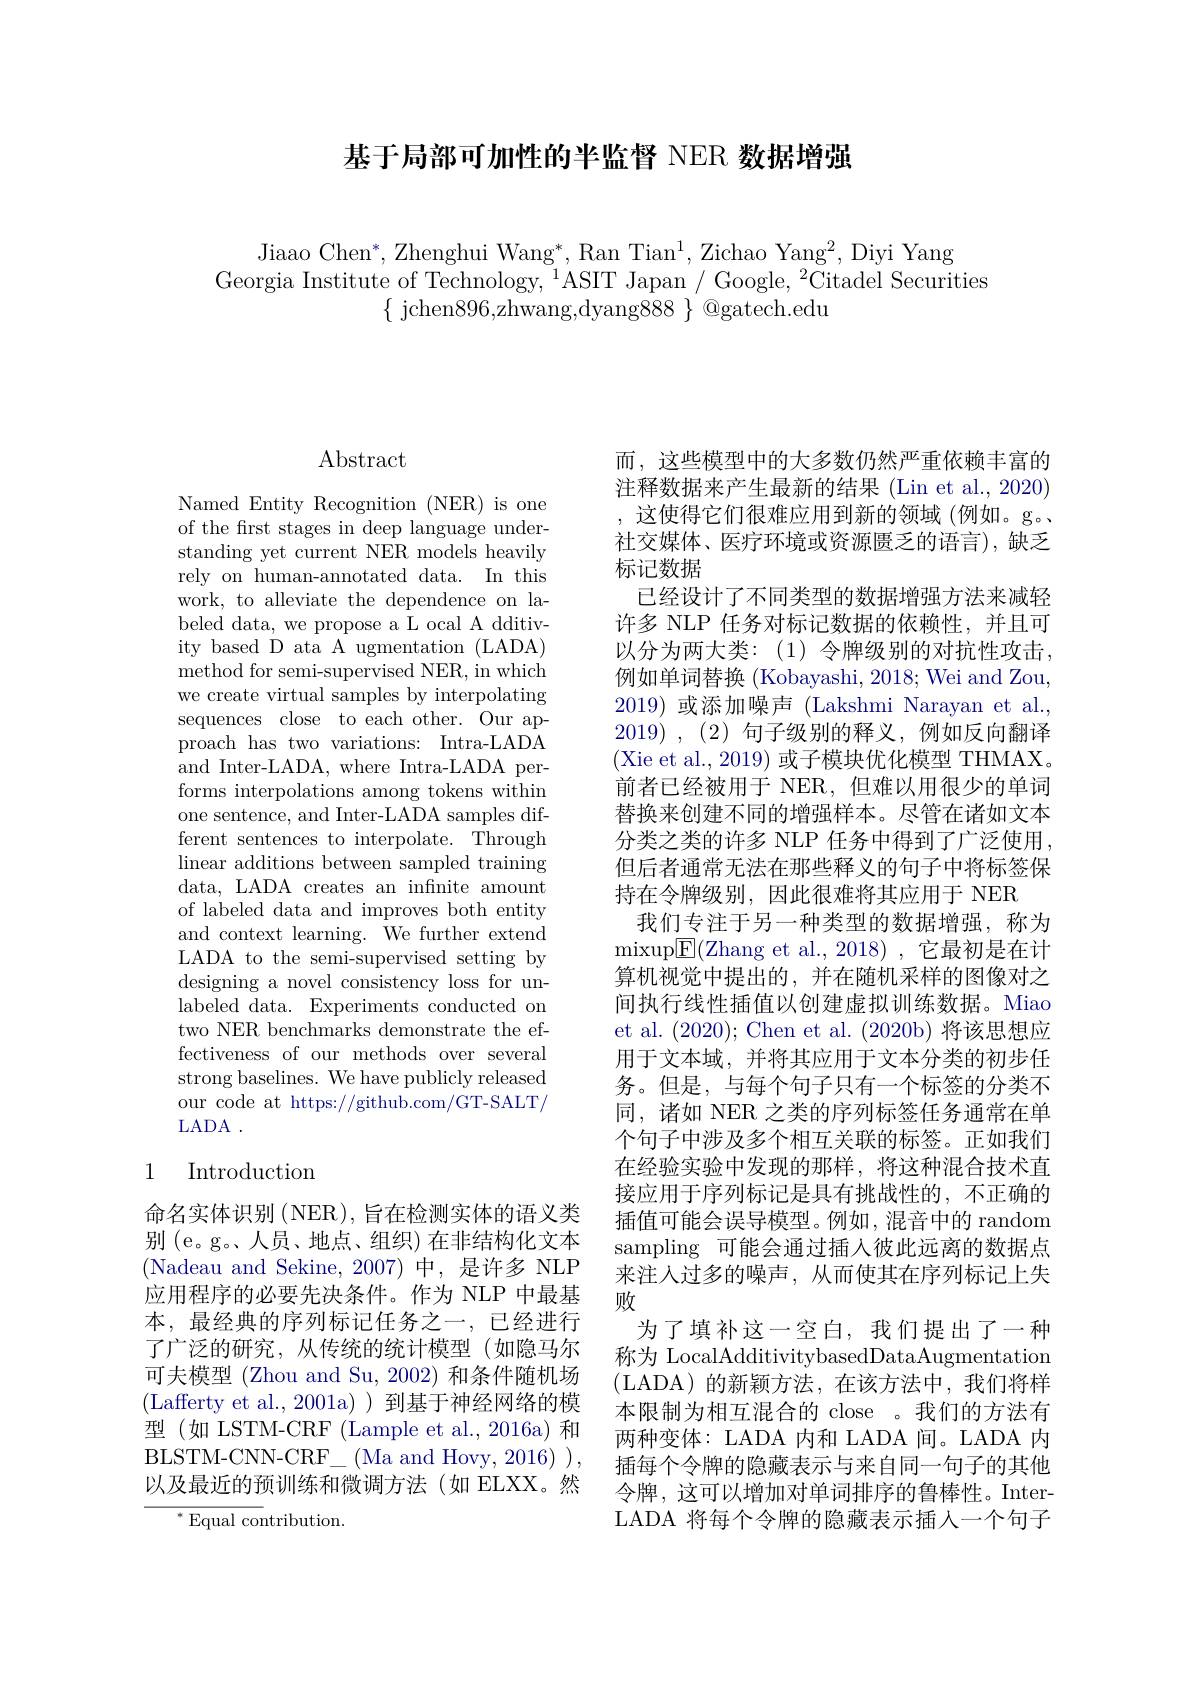
基于局部可加性的半监督 NER 数据增强

Jiaao Chen$^*$,Zhenghui Wang$^*$,Ran Tian$^1$,Zichao Yang$^2$,Diyi Yang
Georgia Institute of Technology, $^1$ASIT Japan / Google, $^2$Citadel Securities
$\{$ jchen896,zhwang,dyang$888\}$ @gatech.edu

## $\operatorname{Abstract}$

Named Entity Recognition (NER) is one of the first stages in deep language understanding yet current NER models heavily rely on human-annotated data. In this work, to alleviate the dependence on labeled data, we propose a L ocal A dditivity based D ata A ugmentation (LADA) method for semi-supervised NER, in which we create virtual samples by interpolating sequences close to each other. Our approach has two variations: Intra-LADA and Inter-LADA, where Intra-LADA performs interpolations among tokens within one sentence, and Inter-LADA samples different sentences to interpolate. Through linear additions between sampled training data, LADA creates an infinite amount of labeled data and improves both entity and context learning. We further extend LADA to the semi-supervised setting by designing a novel consistency loss for unlabeled data. Experiments conducted on two NER benchmarks demonstrate the effectiveness of our methods over several strong baselines. We have publicly released our code at https://github.com/GT-SALT/ LADA .

## 1 Introduction

命名实体识别(NER), 旨在检测实体的语义类别(e。g。人员、地点、组织)在非结构化文本(Nadeau and Sekine,2007)中，是许多 NLP 应用程序的必要先决条件。作为 NLP 中最基本，最经典的序列标记任务之一，已经进行了广泛的研究，从传统的统计模型(如隐马尔可夫模型 (Zhou and Su, 2002) 和条件随机场(Lafferty et al.,2001a))到基于神经网络的模${\text{型(如 LSTM-CRF(Lample et al.,2016a)和}}$ $\mathrm{BLSTM-CNN-CRF}_{-}$(Ma and Hovy, 2016) ), 以及最近的预训练和微调方法(如 ELXX。然

$^{*}$Equal contribution.

而，这些模型中的大多数仍然严重依赖丰富的注释数据来产生最新的结果 (Lin et al., 2020) ,这使得它们很难应用到新的领域(例如。g。社交媒体、医疗环境或资源匮乏的语言),缺乏标记数据
已经设计了不同类型的数据增强方法来减轻许多 NLP 任务对标记数据的依赖性，并且可以分为两大类：(1)令牌级别的对抗性攻击， 例如单词替换 (Kobayashi, 2018; Wei and Zou, 2019)或添加噪声(Lakshmi Narayan et al. 2019) , (2) 句子级别的释义，例如反向翻译(Xie et al., 2019) 或子模块优化模型 THMAX。前者已经被用于 NER, 但难以用很少的单词替换来创建不同的增强样本。尽管在诸如文本分类之类的许多 NLP 任务中得到了广泛使用， 但后者通常无法在那些释义的句子中将标签保持在令牌级别，因此很难将其应用于 NER
我们专注于另一种类型的数据增强，称为$\operatorname* { mixup} [ \mathbb{E} ( \mathbb{Z} ]$hang et al. , 2018) , 它 最 初 是 在 计 算机视觉中提出的，并在随机采样的图像对之间执行线性插值以创建虚拟训练数据。Miao et al. (2020); Chen et al. (2020b) 将该思想应用于文本域，并将其应用于文本分类的初步任务。但是，与每个句子只有一个标签的分类不同，诸如 NER 之类的序列标签任务通常在单个句子中涉及多个相互关联的标签。正如我们在经验实验中发现的那样，将这种混合技术直接应用于序列标记是具有挑战性的，不正确的插值可能会误导模型。例如，混音中的 random sampling 可能会通过插入彼此远离的数据点来注人过多的噪声，从而使其在序列标记上失败
为了填补这一空白，我们提出了一种称为 LocalAdditivitybasedDataAugmentation (LADA)的新颖方法，在该方法中，我们将样本限制为相互混合的 close 。我们的方法有两种变体：LADA 内和 LADA 间。LADA 内插每个令牌的隐藏表示与来自同一句子的其他令牌，这可以增加对单词排序的鲁棒性。InterLADA 将每个令牌的隐藏表示插人一个句子